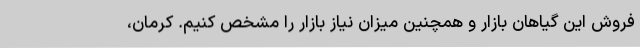
فروش این گیاهان بازار و همچنین میزان نیاز بازار را مشخص کنیم. کرمان،